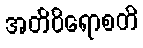
အတိဝိရောစတိ